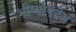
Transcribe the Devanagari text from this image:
भीष्मोपदेश